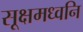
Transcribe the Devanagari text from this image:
सूक्षमध्वनि